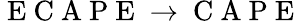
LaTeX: \mathrm{~E~C~A~P~E~}\rightarrow\mathrm{~C~A~P~E~}